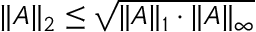
\| A \| _ { 2 } \le \sqrt { \| A \| _ { 1 } \cdot \| A \| _ { \infty } }